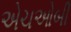
એચઓબી